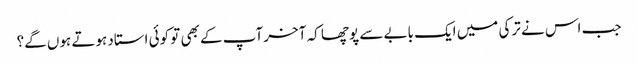
جب اس نے ترکی میں ایک بابے سے پوچھا کہ آخر آپ کے بھی تو کوئی استاد ہوتے ہوں گے؟